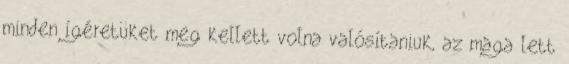
minden ígéretüket meg kellett volna valósítaniuk, az maga lett